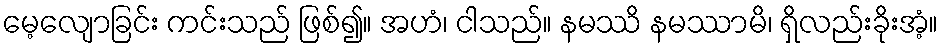
မေ့လျောခြင်း ကင်းသည် ဖြစ်၍။ အဟံ၊ ငါသည်။ နမဿိ နမဿာမိ၊ ရှိလည်းခိုးအံ့။